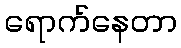
ရောက်နေတာ